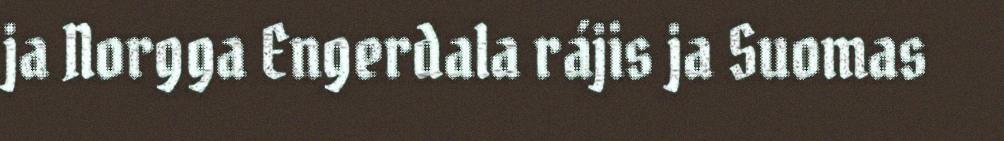
ja Norgga Engerdala rájis ja Suomas